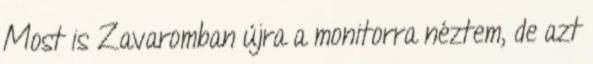
Most is Zavaromban újra a monitorra néztem, de azt